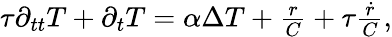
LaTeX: \begin{array}{r}{\tau\partial_{tt}T+\partial_{t}T=\alpha\Delta T+\frac{r}{C}+\tau\frac{\dot{r}}{C},}\end{array}